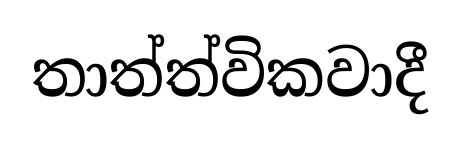
තාත්ත්විකවාදී